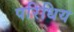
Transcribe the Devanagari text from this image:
परिधिय